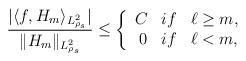
LaTeX: \begin{align*} \frac{ | \langle f, H_m \rangle_{L^2_{\rho_s}}| }{\|H_m\|_{L^2_{\rho_s}}}\leq \left\{ \begin{array}{rcl} C & if & \ell \geq m, \\ 0 & if & \ell < m, \end{array} \right. \end{align*}